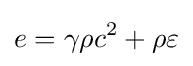
e=\gamma \rho c^{2}+\rho \varepsilon